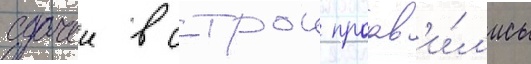
сдачеи в строи проав'и́л'ись